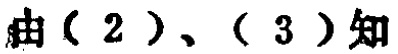
由（2）、（3）知